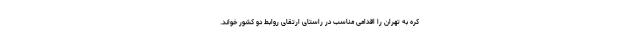
کره به تهران را اقدامی مناسب در راستای ارتقای روابط دو کشور خواند.